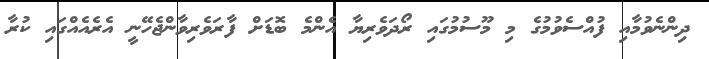
ދިންނެވުމާއި ފުއްސެވުމުގެ މި މޫސުމުގައި ރޯދަވެރިޔާ އެންމެ ބޮޑަށް ފާރަވެރިވާންޖެހޭނީ އެރެއެއްގައި ކުރާ